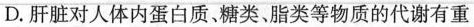
D.肝脏对人体内蛋白质，糖类、脂类等物质的代谢有重